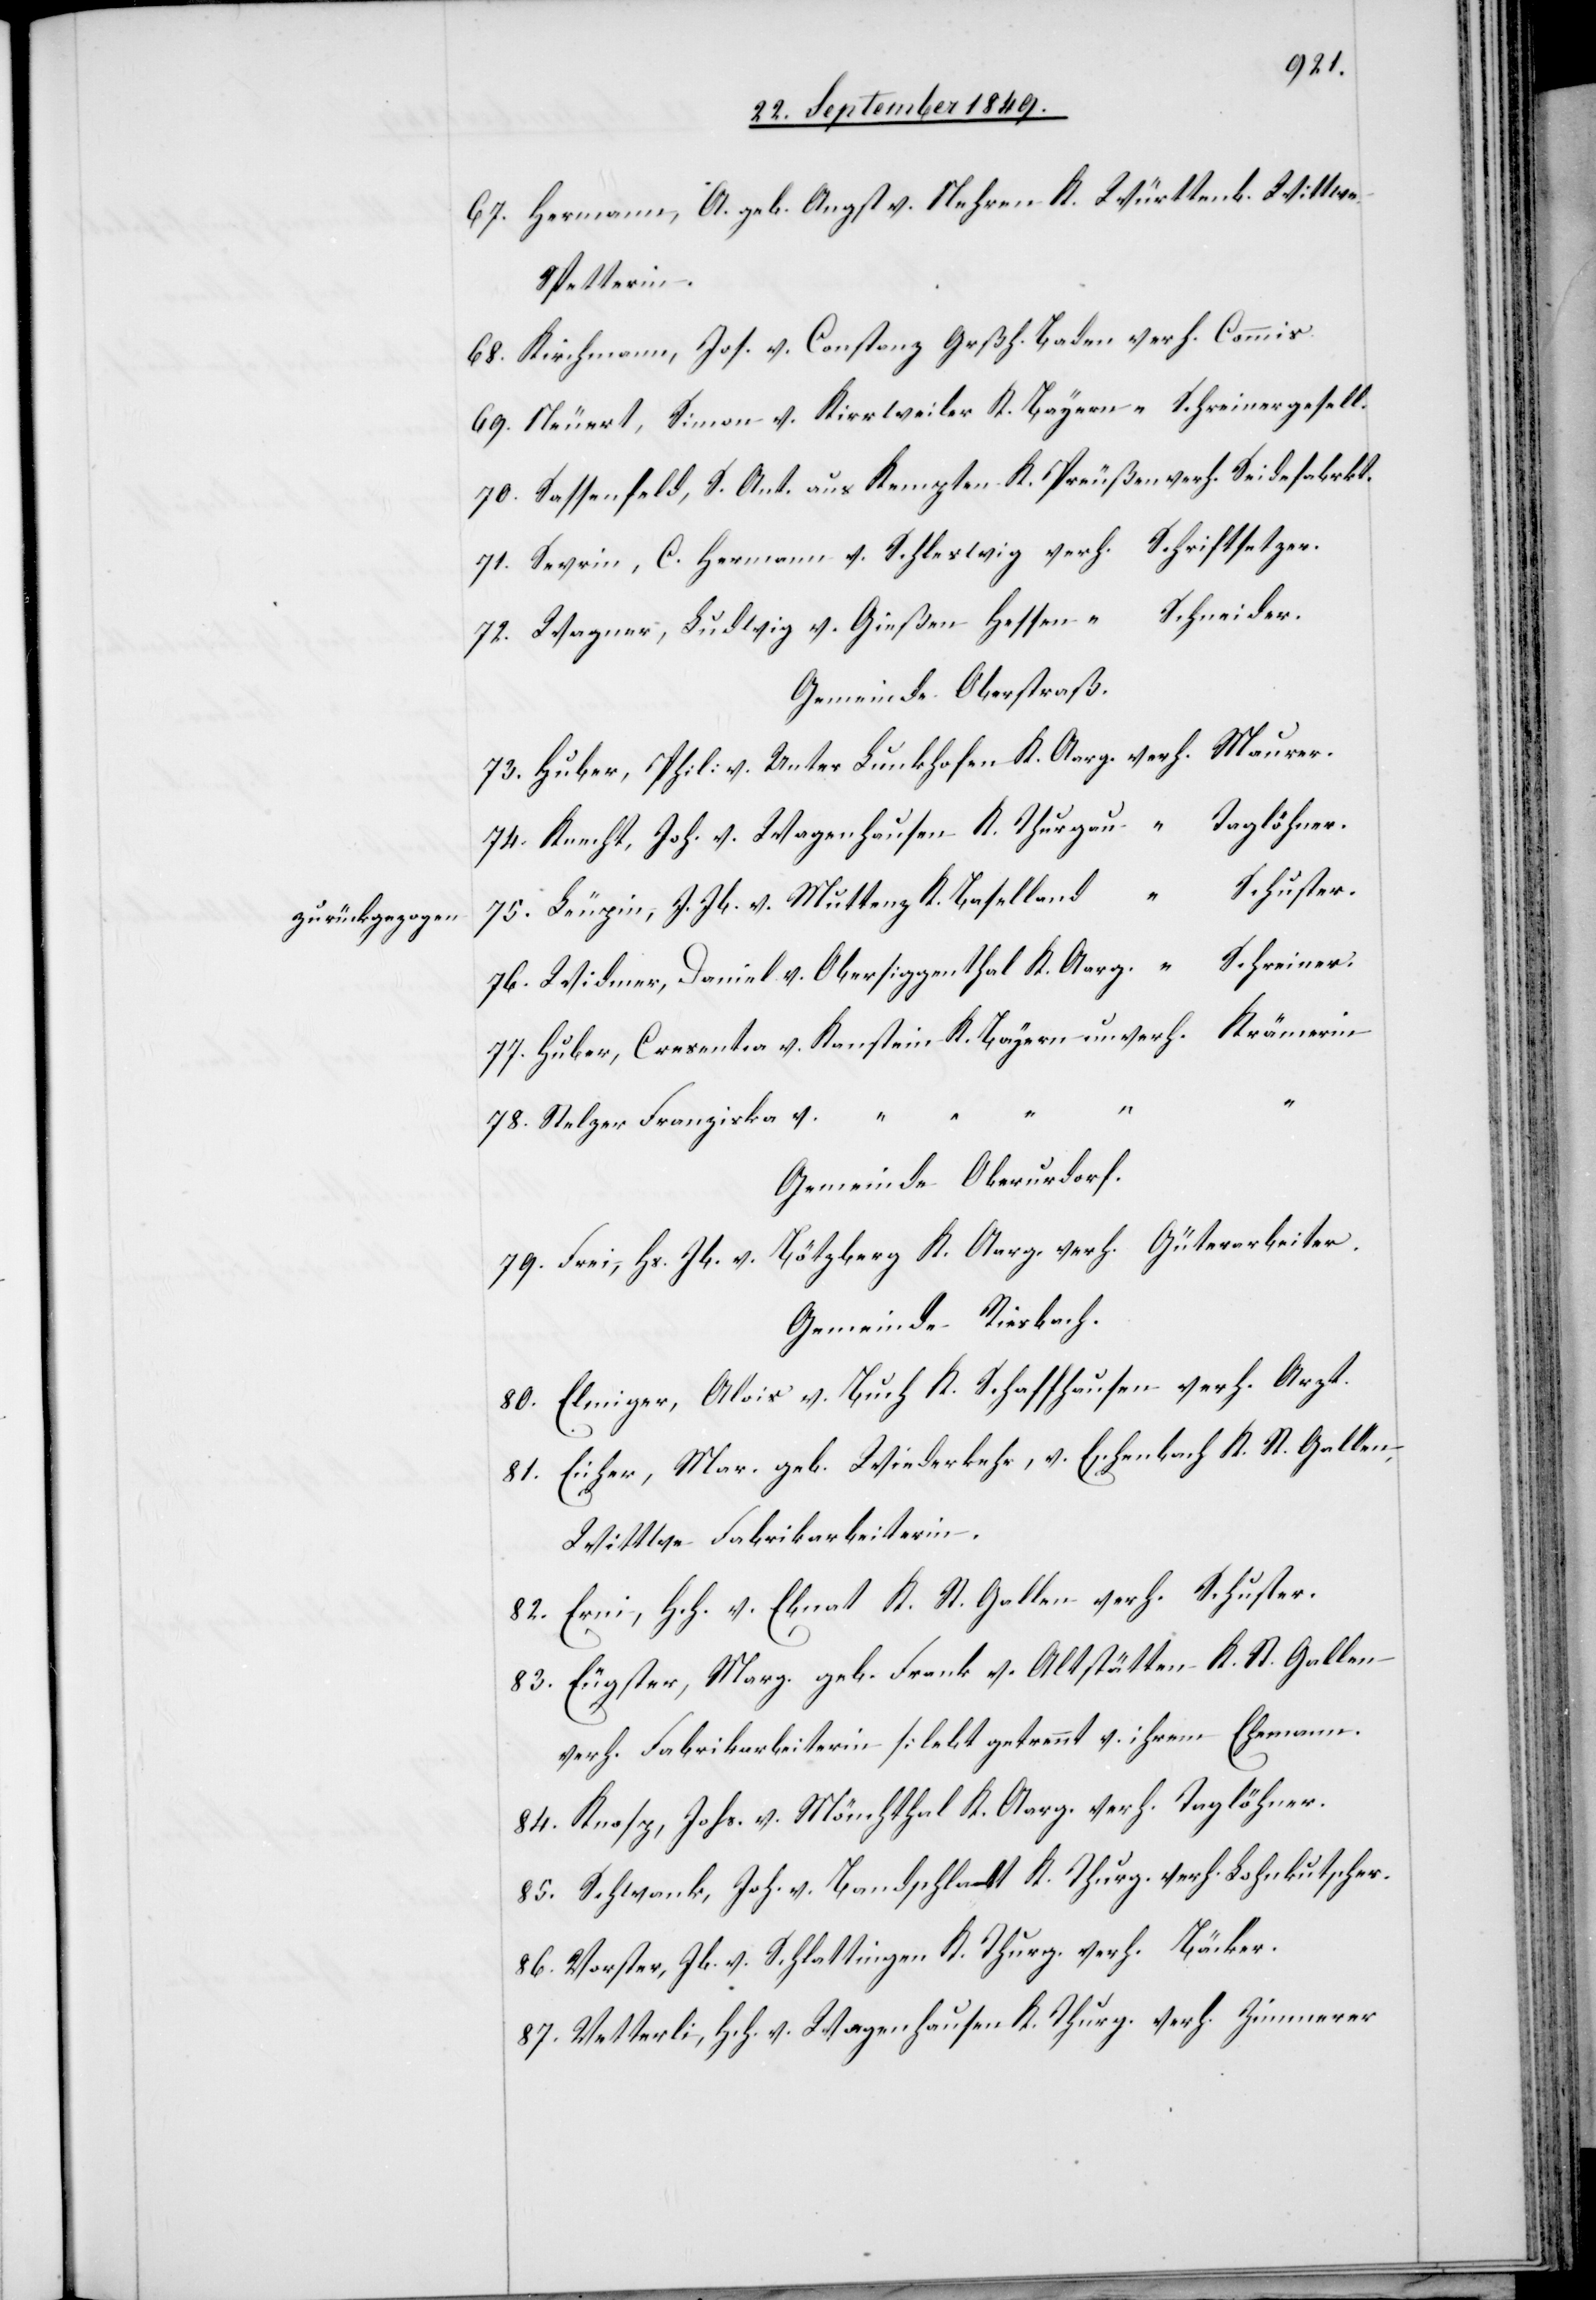
zurückgezogen

67. Hermann, A. geb. Angst v. Nehren K. Württemb. b. Wittwe
Spetterin.
68. Kirchmann, Jos. v. Constanz Grßh. Baden verh. Commis.
69. Neuert, Simon v. Kirrweiler K. Bayern “ Schreinergesell.
70. Sassenfeld, s. Ant. aus Kempten K. Preußen verh. Seidefabrkt.
71. Sevrin, C. Hermann v. Schleswig verh. Schriftsetzer.
72. Wagner, Ludwig v. Gießen Hessen “ Schneider.
Gemeinde Oberstraß.
73. Huber, Phil: v. Unter Lunkhofen K. Aarg. verh. Maurer.
74. Knecht, Joh. v. Wagenhausen K. Thurgau “ Taglöhner.
75. Leupin, J. Jb. v. Muttenz K. Baselland [verh.] Schuster.
76. Widmer, Daniel v. Obersiggenthal K. Aarg. [verh.] Schreiner.
77. Huber, Cresentia v. Kanstein K. Bayern unverh. Krämerin.
78. Stelzer Franziska v. “
Gemeinde Oberurdorf.
79. Frei, Jb. v. Bötzberg K. Aarg. verh. Güterarbeiter.
Gemeinde Riesbach.
80. Elmiger, Alois v. Buch K. Schaffhausen verh. Arzt.
81. Eicher, Mar. geb. Wiederkehr, v. Eschenbach K. St. Gallen,
Wittwe Fabrikarbeiterin.
82. Erni, Hch. v. Ebnat K. St. Gallen verh. Schuster.
83. Eugster, Marg. geb. Frank v. Altstätten K. St. Gallen
verh. Fabrikarbeiterin [lebt getrennt v. ihrem Ehemann[]]
84. Knopf, Johs. v. Mönchthal K. Aarg. verh. Taglöhner.
85. Schwank, Joh. v. Bandschlatt K. Thurg. verh. Lohnkutscher.
86. Vorster, Jb. v. Schlattingen K. Thurg. verh. Bäcker.
87. Vetterli, Hch. v. Wagenhausen K. Thurg. verh. Zimmerer